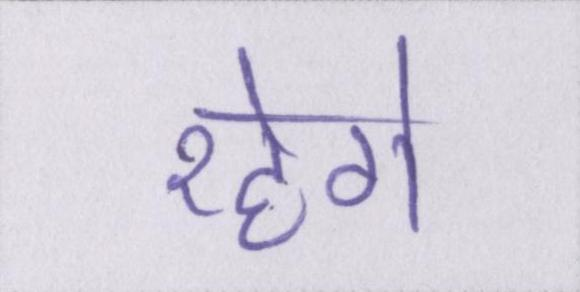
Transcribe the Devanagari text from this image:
रहेगे